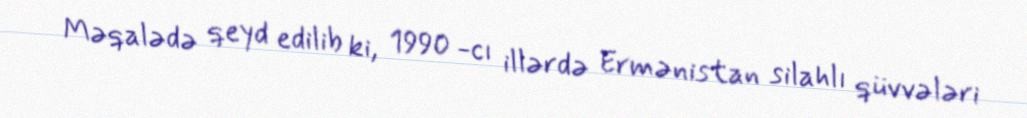
Məqalədə qeyd edilib ki, 1990 -cı illərdə Ermənistan silahlı qüvvələri